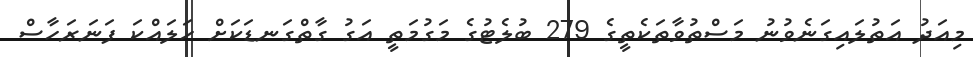
މިއަދު އަތުލައިގަނެވުނު މަސްތުވާތަކެތީގެ 279 ބުލެޓުގެ މަގުމަތީ އަގު ގާތްގަނޑަކަށް ހަލައްކަ ފަނަރަހާސް